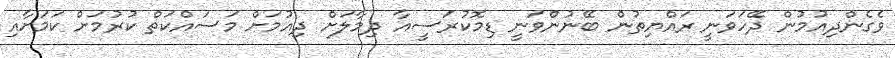
ވެގެންދިއުމުން ދޭހަވަނީ ރައްޔިތުން ބޭނުންވަނީ ޑިމޮކުރަސީއާ ދިމާލަށް ދިއުމަށް މަސައްކަތް ކުރުމަށް ކަމަށާއި